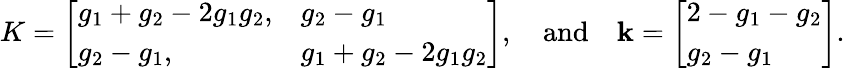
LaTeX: K=\left[\begin{array}{ll}{g_{1}+g_{2}-2g_{1}g_{2},}&{g_{2}-g_{1}}\\ {g_{2}-g_{1},}&{g_{1}+g_{2}-2g_{1}g_{2}}\end{array}\right],\quad\mathrm{and}\quad\mathbf{k}=\left[\begin{array}{l}{2-g_{1}-g_{2}}\\ {g_{2}-g_{1}}\end{array}\right].